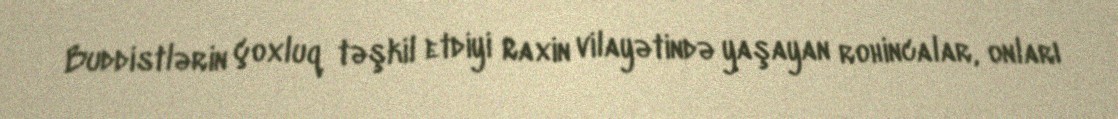
Buddistlərin çoxluq təşkil etdiyi Raxin vilayətində yaşayan rohincalar, onları